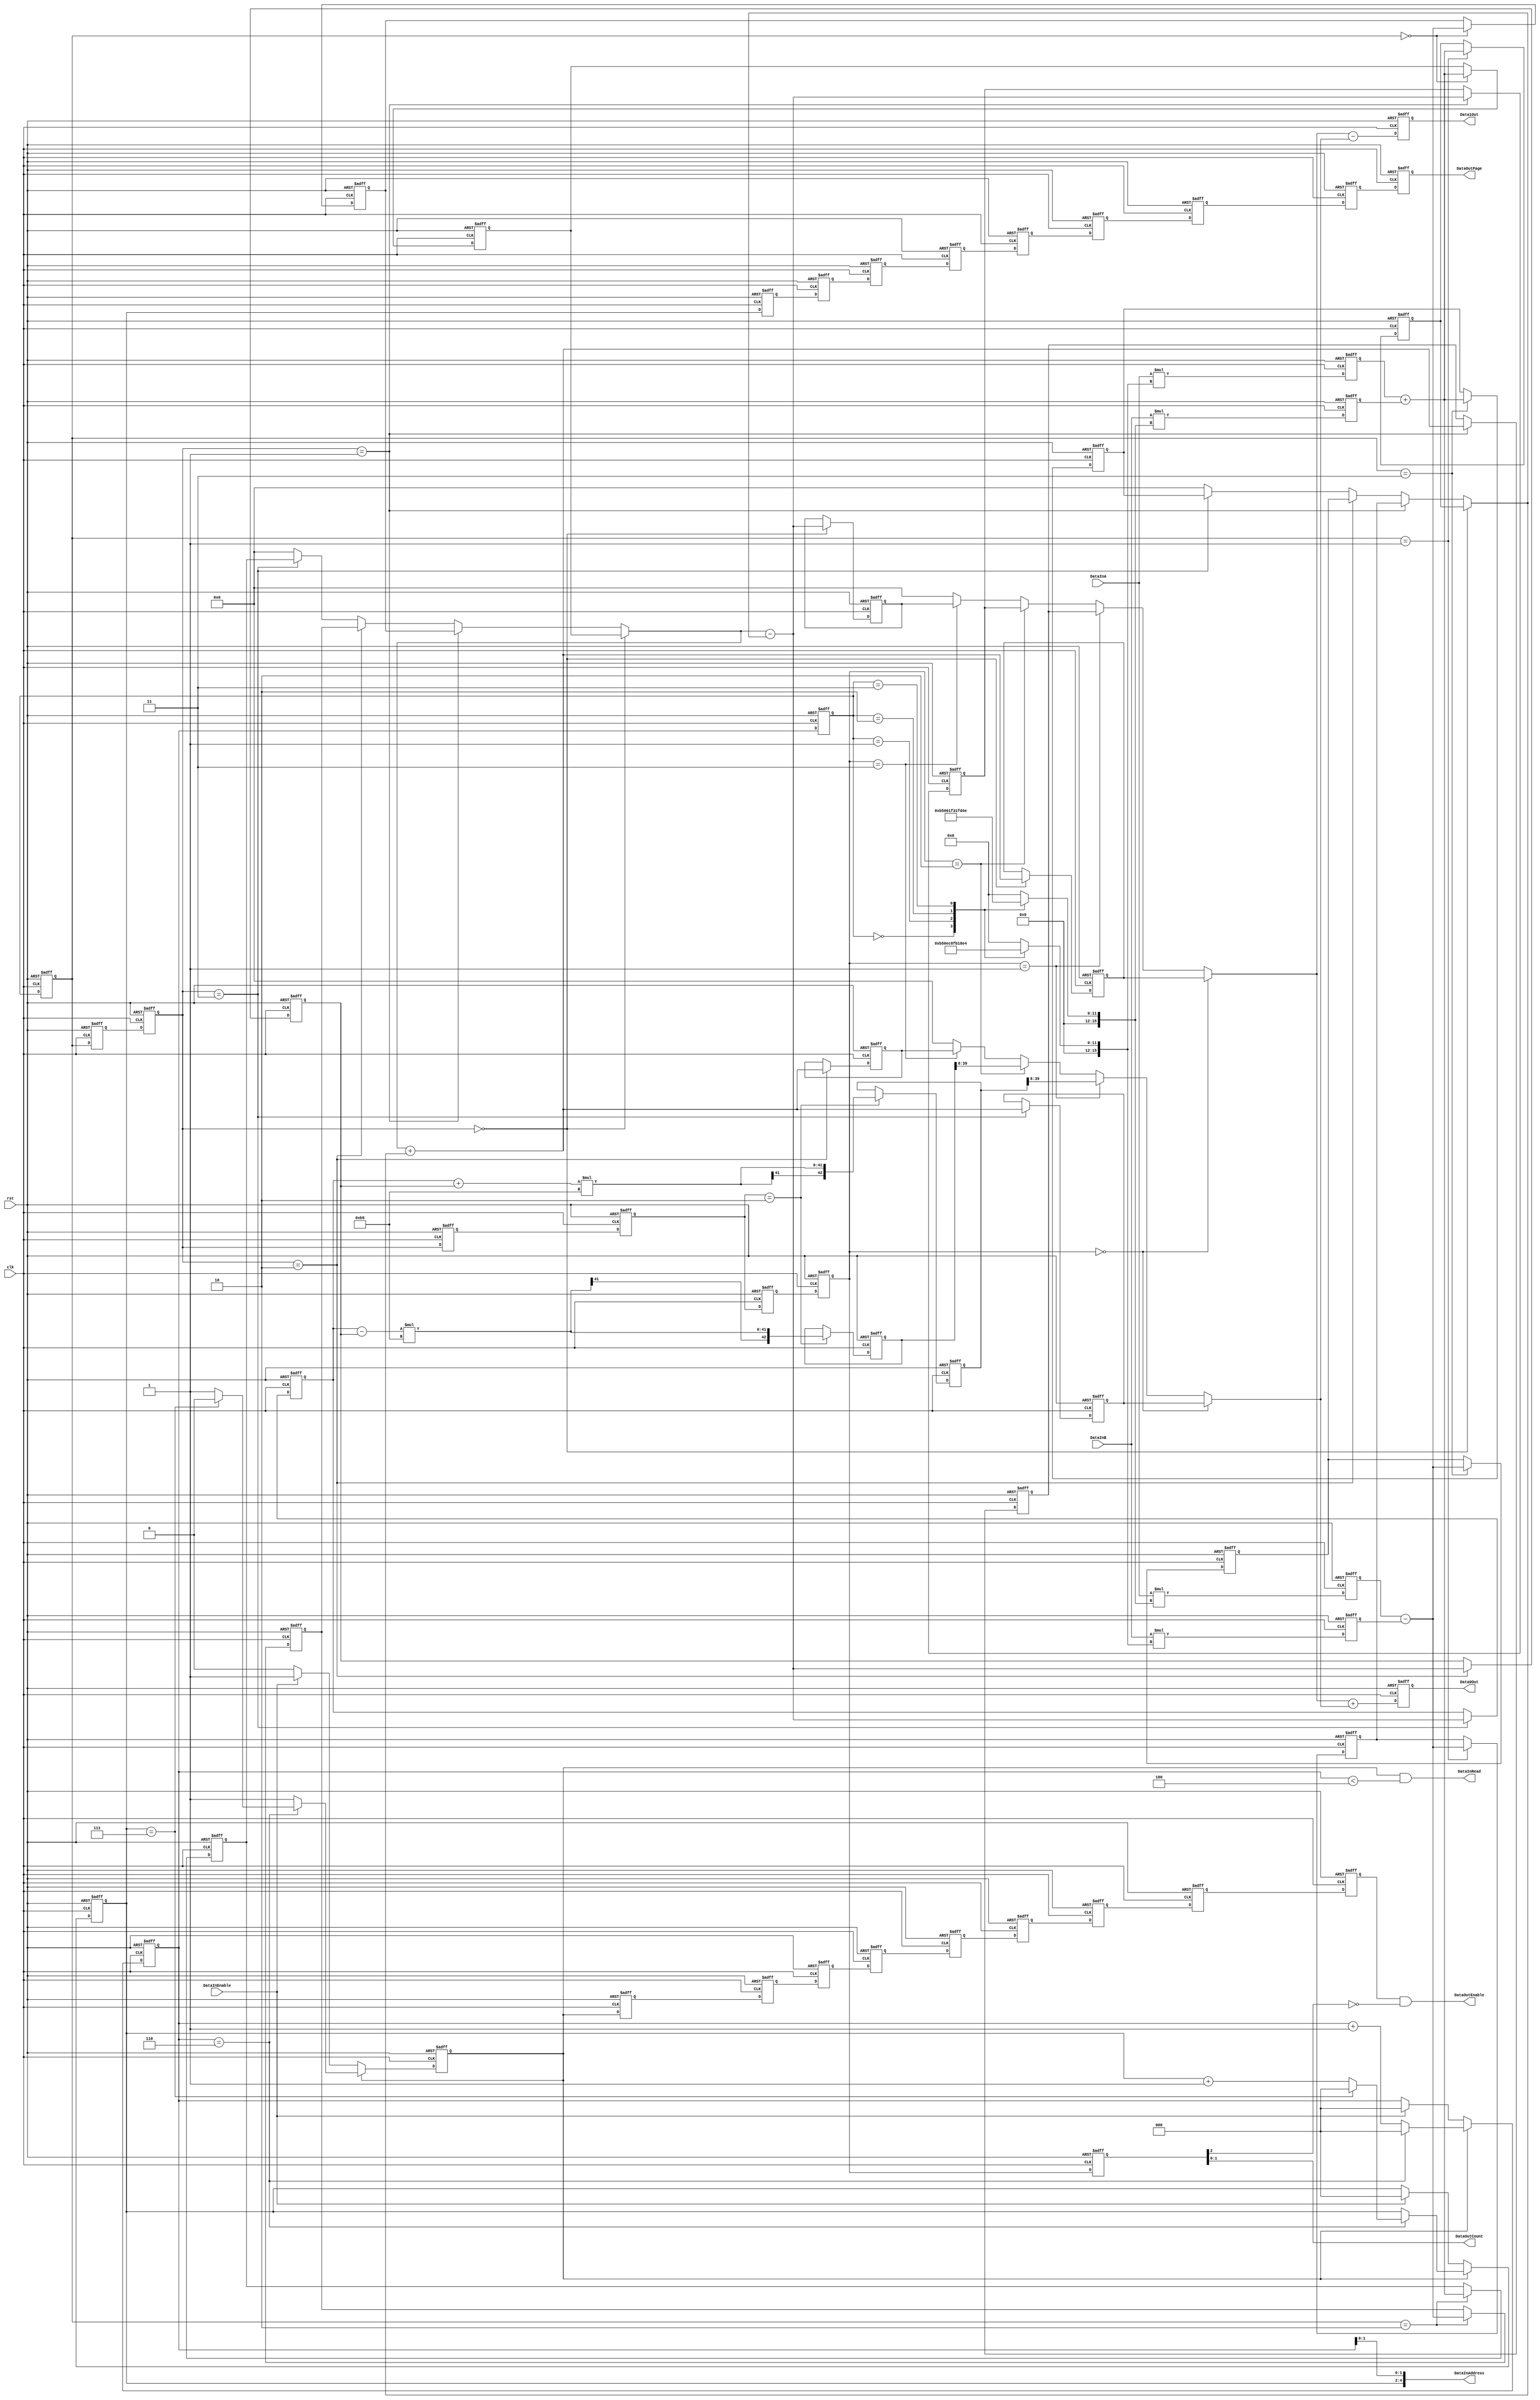
/*
* aq_djpeg_idct_calc.v
* Copyright (C)2006-2013 H.Ishihara
*
* License: The Open Software License 3.0
* License URI: http://www.opensource.org/licenses/OSL-3.0
*
* For further information please contact.
*   http://www.aquaxis.com/
*   info(at)aquaxis.com or hidemi(at)sweetcafe.jp
*/
`timescale 1ps / 1ps

module aq_djpeg_idct_calc(
    input           clk,
    input           rst,

    input           DataInEnable,
    output          DataInRead,
    output [4:0]    DataInAddress,
    input [15:0]    DataInA,
    input [15:0]    DataInB,

    output          DataOutEnable,
    output [2:0]    DataOutPage,
    output [1:0]    DataOutCount,
    output [31:0]   Data0Out,
    output [31:0]   Data1Out
);
    //-------------------------------------------------------------------------
    // Phase1
    //-------------------------------------------------------------------------
    reg           Phase1Enable;
    reg [2:0]     Phase1Page;
    reg [2:0]     Phase1Count;
    reg           Phase1EnableD;
    reg [2:0]     Phase1PageD;
    reg [2:0]     Phase1CountD;

    always @(posedge clk or negedge rst) begin
        if(!rst) begin
            Phase1Enable  <= 1'b0;
            Phase1Page    <= 3'd0;
            Phase1Count   <= 3'd0;
            Phase1EnableD <= 1'b0;
            Phase1PageD   <= 3'd0;
            Phase1CountD  <= 3'd0;
        end else begin
            if(Phase1Enable == 1'b0) begin
                if(DataInEnable == 1'b1) begin
                    Phase1Enable <= 1'b1;
                    Phase1Page   <= 3'd0;
                    Phase1Count  <= 3'd0;
                end
            end else begin
                if(Phase1Count == 3'd6) begin
                    if(Phase1Page == 3'd7) begin
                        Phase1Enable <= 1'b0;
                        Phase1Page   <= 3'd0;
                    end else begin
                        Phase1Page   <= Phase1Page + 3'd1;
                    end
                    Phase1Count <= 3'd0;
                end else begin
                    Phase1Count <= Phase1Count + 3'd1;
                end
            end
            Phase1EnableD <= Phase1Enable;
            Phase1PageD   <= Phase1Page;
            Phase1CountD  <= Phase1Count;
        end
    end

    assign DataInRead       = Phase1Enable & (Phase1Count < 3'd4);
    assign DataInAddress    = {Phase1Page, Phase1Count[1:0]};

    wire signed [15:0] Phase1R0w;
    wire signed [15:0] Phase1R1w;
    wire signed [15:0] Phase1C0w;
    wire signed [15:0] Phase1C1w;
    wire signed [15:0] Phase1C2w;
    wire signed [15:0] Phase1C3w;

    assign Phase1R0w = DataInA;
    assign Phase1R1w = DataInB;

    function [15:0] Phase1C0wSel;
        input [2:0] Phase1Count;
        begin
            case(Phase1Count)
                3'd0: begin
                    Phase1C0wSel = 16'd2896; // C4_16
                end
                3'd1: begin
                    Phase1C0wSel = 16'd3784; // C2_16
                end
                3'd2: begin
                    Phase1C0wSel = 16'd4017; // C1_16
                end
                3'd3: begin
                    Phase1C0wSel = 16'd2276; // C5_16
                end
                default: begin
                    Phase1C0wSel = 16'd0;
                end
            endcase
        end
    endfunction

    function [15:0] Phase1C1wSel;
        input [2:0]     Phase1Count;
        begin
            case(Phase1Count)
                3'd0: begin
                    Phase1C1wSel = 16'd2896; // C4_16
                end
                3'd1: begin
                    Phase1C1wSel = 16'd1567; // C6_16
                end
                3'd2: begin
                    Phase1C1wSel = 16'd799;  // C7_16
                end
                3'd3: begin
                    Phase1C1wSel = 16'd3406; // C3_16
                end
                default: begin
                    Phase1C1wSel = 16'd0;
                end
            endcase
        end
    endfunction

    function [15:0] Phase1C2wSel;
        input [2:0]     Phase1Count;
        begin
            case(Phase1Count)
                3'd0: begin
                    Phase1C2wSel = 16'd2896; // C4_16
                end
                3'd1: begin
                    Phase1C2wSel = 16'd1567; // C6_16
                end
                3'd2: begin
                    Phase1C2wSel = 16'd799;  // C7_16
                end
                3'd3: begin
                    Phase1C2wSel = 16'd3406; // C3_16
                end
                default: begin
                    Phase1C2wSel = 16'd0;
                end
            endcase
        end
    endfunction

    function [15:0] Phase1C3wSel;
        input [2:0]     Phase1Count;
        begin
            case(Phase1Count)
                3'd0: begin
                    Phase1C3wSel = 16'd2896; // C4_16
                end
                3'd1: begin
                    Phase1C3wSel = 16'd3784; // C2_16
                end
                3'd2: begin
                    Phase1C3wSel = 16'd4017; // C1_16
                end
                3'd3: begin
                    Phase1C3wSel = 16'd2276; // C5_16
                end
                default: begin
                    Phase1C3wSel = 16'd0;
                end
            endcase
        end
    endfunction

    assign Phase1C0w = Phase1C0wSel(Phase1CountD);
    assign Phase1C1w = Phase1C1wSel(Phase1CountD);
    assign Phase1C2w = Phase1C2wSel(Phase1CountD);
    assign Phase1C3w = Phase1C3wSel(Phase1CountD);

    reg signed [31:0] Phase1R0r;
    reg signed [31:0] Phase1R1r;
    reg signed [31:0] Phase1R2r;
    reg signed [31:0] Phase1R3r;

    always @(posedge clk or negedge rst) begin
        if(!rst) begin
            Phase1R0r <= 0;
            Phase1R1r <= 0;
            Phase1R2r <= 0;
            Phase1R3r <= 0;
        end else begin
            Phase1R0r <= Phase1R0w * Phase1C0w;
            Phase1R1r <= Phase1R1w * Phase1C1w;
            Phase1R2r <= Phase1R0w * Phase1C2w;
            Phase1R3r <= Phase1R1w * Phase1C3w;
        end
    end

/*
    always @(posedge clk) begin
        if((Phase1EnableD == 1'b1) && (Phase1CountD < 3'd4)) begin
            $display("(%d,%d) = %8x, %8x",Phase1PageD ,Phase1CountD,
                                                   Phase1R0w, Phase1R1w);
        end
        //if((Phase1EnableD == 1'b1) && (Phase1CountD < 3'd4)) begin
        //    $display("(%d,%d) = %8x, %8x, %8x, %8x",Phase1PageD ,Phase1CountD,
        //                                           Phase1R0r, Phase1R1r, Phase1R2r, Phase1R3r);
        //end
    end
*/
    //-------------------------------------------------------------------------
    // Phase2
    //  R0: s0,s3,s7,s6
    //  R1: s1,s2,s4,s5
    //-------------------------------------------------------------------------
    reg             Phase2Enable;
    reg [2:0]       Phase2Page;
    reg [2:0]       Phase2Count;
    reg             Phase2EnableD;
    reg [2:0]       Phase2PageD;
    reg [2:0]       Phase2CountD;

    always @(posedge clk or negedge rst) begin
        if(!rst) begin
            Phase2Enable  <= 1'b0;
            Phase2Page    <= 3'd0;
            Phase2Count   <= 3'd0;
            Phase2EnableD <= 1'b0;
            Phase2PageD   <= 3'd0;
            Phase2CountD  <= 3'd0;
        end else begin
            Phase2Enable  <= Phase1EnableD;
            Phase2Page    <= Phase1PageD;
            Phase2Count   <= Phase1CountD;
            Phase2EnableD <= Phase2Enable;
            Phase2PageD   <= Phase2Page;
            Phase2CountD  <= Phase2Count;
        end
    end

    wire signed [31:0] Phase2A0w;
    wire signed [31:0] Phase2A1w;

    assign             Phase2A0w = Phase1R0r + Phase1R1r;
    assign             Phase2A1w = Phase1R2r - Phase1R3r;

    reg signed [31:0]  Phase2Reg [0:7];

    always @(posedge clk or negedge rst) begin
        if(!rst) begin
            Phase2Reg[0] <= 0;
            Phase2Reg[1] <= 0;
            Phase2Reg[2] <= 0;
            Phase2Reg[3] <= 0;
            Phase2Reg[4] <= 0;
            Phase2Reg[5] <= 0;
            Phase2Reg[6] <= 0;
            Phase2Reg[7] <= 0;
        end else begin
            case(Phase2Count)
              3'd0: begin
                  Phase2Reg[0] <= Phase2A0w;
                  Phase2Reg[1] <= Phase2A1w;
              end
              3'd1: begin
                  Phase2Reg[3] <= Phase2A0w;
                  Phase2Reg[2] <= Phase2A1w;
              end
              3'd2: begin
                  Phase2Reg[7] <= Phase2A0w;
                  Phase2Reg[4] <= Phase2A1w;
              end
              3'd3: begin
                  Phase2Reg[6] <= Phase2A0w;
                  Phase2Reg[5] <= Phase2A1w;
              end
            endcase
        end
    end

    //-------------------------------------------------------------------------
    // Phase3
    //  R0: t0,t1,t4,t7
    //  R1: t3,t2,t5,t6
    //-------------------------------------------------------------------------
    reg           Phase3Enable;
    reg [2:0]     Phase3Page;
    reg [2:0]     Phase3Count;
    reg           Phase3EnableD;
    reg [2:0]     Phase3PageD;
    reg [2:0]     Phase3CountD;

    always @(posedge clk or negedge rst) begin
        if(!rst) begin
            Phase3Enable  <= 1'b0;
            Phase3Page    <= 3'd0;
            Phase3Count   <= 3'd0;
            Phase3EnableD <= 1'b0;
            Phase3PageD   <= 3'd0;
            Phase3CountD  <= 3'd0;
        end else begin
            Phase3Enable  <= Phase2EnableD;
            Phase3Page    <= Phase2PageD;
            Phase3Count   <= Phase2CountD;
            Phase3EnableD <= Phase3Enable;
            Phase3PageD   <= Phase3Page;
            Phase3CountD  <= Phase3Count;
        end
    end

    wire signed [31:0] Phase3R0w;
    wire signed [31:0] Phase3R1w;

    assign             Phase3R0w = (Phase3Count == 3'd0)?Phase2Reg[0]:
                                   (Phase3Count == 3'd1)?Phase2Reg[1]:
                                   (Phase3Count == 3'd2)?Phase2Reg[4]:
                                   (Phase3Count == 3'd3)?Phase2Reg[7]:
                                   32'd0;
    assign             Phase3R1w = (Phase3Count == 3'd0)?Phase2Reg[3]:
                                   (Phase3Count == 3'd1)?Phase2Reg[2]:
                                   (Phase3Count == 3'd2)?Phase2Reg[5]:
                                   (Phase3Count == 3'd3)?Phase2Reg[6]:
                                   32'd0;



    wire signed [31:0] Phase3A0w;
    wire signed [31:0] Phase3A1w;
    assign             Phase3A0w = Phase3R0w + Phase3R1w;
    assign             Phase3A1w = Phase3R0w - Phase3R1w;

    reg signed [31:0]  Phase3Reg [0:7];

    always @(posedge clk or negedge rst) begin
        if(!rst) begin
            Phase3Reg[0] <= 0;
            Phase3Reg[1] <= 0;
            Phase3Reg[2] <= 0;
            Phase3Reg[3] <= 0;
            Phase3Reg[4] <= 0;
            Phase3Reg[5] <= 0;
            Phase3Reg[6] <= 0;
            Phase3Reg[7] <= 0;
        end else begin
            case(Phase3Count)
              3'd0: begin
                  Phase3Reg[0] <= Phase3A0w;
                  Phase3Reg[3] <= Phase3A1w;
              end
              3'd1: begin
                  Phase3Reg[1] <= Phase3A0w;
                  Phase3Reg[2] <= Phase3A1w;
              end
              3'd2: begin
                  Phase3Reg[4] <= Phase3A0w;
                  Phase3Reg[5] <= Phase3A1w;
              end
              3'd3: begin
                  Phase3Reg[7] <= Phase3A0w;
                  Phase3Reg[6] <= Phase3A1w;
              end
            endcase
        end
    end

    //-------------------------------------------------------------------------
    // Phase4
    //  R0: s6
    //  R1: s5
    //-------------------------------------------------------------------------
    reg           Phase4Enable;
    reg [2:0]     Phase4Page;
    reg [2:0]     Phase4Count;
    reg           Phase4EnableD;
    reg [2:0]     Phase4PageD;
    reg [2:0]     Phase4CountD;

    always @(posedge clk or negedge rst) begin
        if(!rst) begin
            Phase4Enable  <= 1'b0;
            Phase4Page    <= 3'd0;
            Phase4Count   <= 3'd0;
            Phase4EnableD <= 1'b0;
            Phase4PageD   <= 3'd0;
            Phase4CountD  <= 3'd0;
        end else begin
            Phase4Enable  <= Phase3EnableD;
            Phase4Page    <= Phase3PageD;
            Phase4Count   <= Phase3CountD;
            Phase4EnableD <= Phase4Enable;
            Phase4PageD   <= Phase4Page;
            Phase4CountD  <= Phase4Count;
        end
    end

    reg signed [42:0] Phase4R0r;
    reg signed [42:0] Phase4R1r;

    wire signed [8:0] C_181;
    assign            C_181 = 9'h0B5;

    wire signed [32:0] Phase4R0w;
    wire signed [32:0] Phase4R1w;

    assign Phase4R0w = Phase3Reg[6] + Phase3Reg[5];
    assign Phase4R1w = Phase3Reg[6] - Phase3Reg[5];

    always @(posedge clk or negedge rst) begin
        if(!rst) begin
            Phase4R0r <= 0;
            Phase4R1r <= 0;
        end else begin
            case(Phase4Count)
              3'd2: begin
                  //Phase4R0r <= (Phase3Reg[6] + Phase3Reg[5]) * C_181;
                  //Phase4R1r <= (Phase3Reg[6] - Phase3Reg[5]) * C_181;
                  Phase4R0r <= Phase4R0w * C_181;
                  Phase4R1r <= Phase4R1w * C_181;
              end
            endcase
        end
    end

    //-------------------------------------------------------------------------
    // Phase5
    //  R0: B0,B1,B2,B3
    //  R1: B7,B6,B5,B4
    //-------------------------------------------------------------------------
    reg           Phase5Enable;
    reg [2:0]     Phase5Page;
    reg [2:0]     Phase5Count;
    reg           Phase5EnableD;
    reg [2:0]     Phase5PageD;
    reg [2:0]     Phase5CountD;

    always @(posedge clk or negedge rst) begin
        if(!rst) begin
            Phase5Enable  <= 1'b0;
            Phase5Page    <= 3'd0;
            Phase5Count   <= 3'd0;
            Phase5EnableD <= 1'b0;
            Phase5PageD   <= 3'd0;
            Phase5CountD  <= 3'd0;
        end else begin
            Phase5Enable  <= Phase4EnableD;
            Phase5Page    <= Phase4PageD;
            Phase5Count   <= Phase4CountD;
            Phase5EnableD <= Phase5Enable;
            Phase5PageD   <= Phase5Page;
            Phase5CountD  <= Phase5Count;
        end
    end

    wire signed [31:0] Phase5R0w;
    wire signed [31:0] Phase5R1w;
    assign             Phase5R0w = (Phase5Count == 3'd0)?Phase3Reg[0]:
                                   (Phase5Count == 3'd1)?Phase3Reg[1]:
                                   (Phase5Count == 3'd2)?Phase3Reg[2]:
                                   (Phase5Count == 3'd3)?Phase3Reg[3]:
                                   32'd0;
    assign             Phase5R1w = (Phase5Count == 3'd0)?Phase3Reg[7]:
                                   (Phase5Count == 3'd1)?Phase4R0r >> 8:
                                   (Phase5Count == 3'd2)?Phase4R1r >> 8:
                                   (Phase5Count == 3'd3)?Phase3Reg[4]:
                                   32'd0;

    reg signed [31:0]  Phase5R0r;
    reg signed [31:0]  Phase5R1r;

    always @(posedge clk or negedge rst) begin
        if(!rst) begin
            Phase5R0r <= 0;
            Phase5R1r <= 0;
        end else begin
            Phase5R0r <= Phase5R0w + Phase5R1w;
            Phase5R1r <= Phase5R0w - Phase5R1w;
        end
    end

    assign DataOutEnable = Phase5EnableD == 1'b1 & Phase5CountD[2] == 1'b0;
    assign DataOutPage   = Phase5PageD;
    assign DataOutCount  = Phase5CountD[1:0];

    assign Data0Out = Phase5R0r;
    assign Data1Out = Phase5R1r;

endmodule